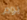
يوم